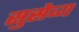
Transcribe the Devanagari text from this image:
सुसेव्य